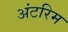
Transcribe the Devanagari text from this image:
अंटरिम